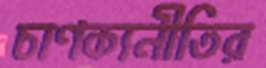
চাণক্যনীতির